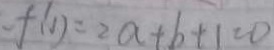
f ( 1 ) = 2 a + b + 1 = 0